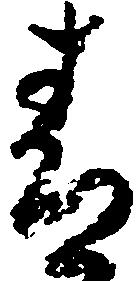
青